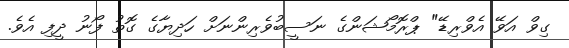
ގިވް އަވޭ އެވްރިޑޭ" ޕްރޮމޯޝަންގެ ނަސީބުވެރިންނަށް ހަދިޔާގެ ގޮތު ފޯނު ދީފި އެވެ.